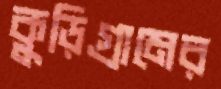
কুড়িগ্রামের